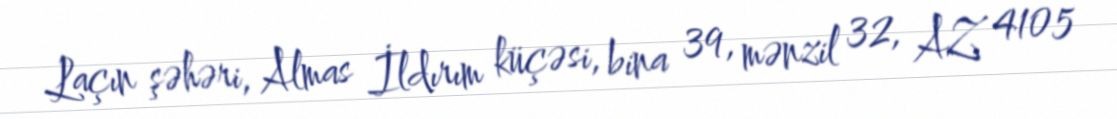
Laçın şəhəri, Almas İldırım küçəsi, bina 39, mənzil 32, AZ 4105